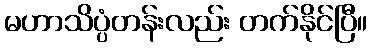
မဟာသိပ္ပံတန်းလည်း တက်နိုင်ပြီ။